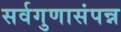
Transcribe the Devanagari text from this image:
सर्वगुणासंपन्न